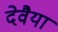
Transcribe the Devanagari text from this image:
देवैया